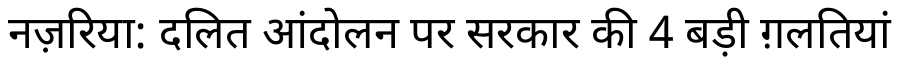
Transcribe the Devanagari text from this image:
नज़रिया: दलित आंदोलन पर सरकार की 4 बड़ी ग़लतियां